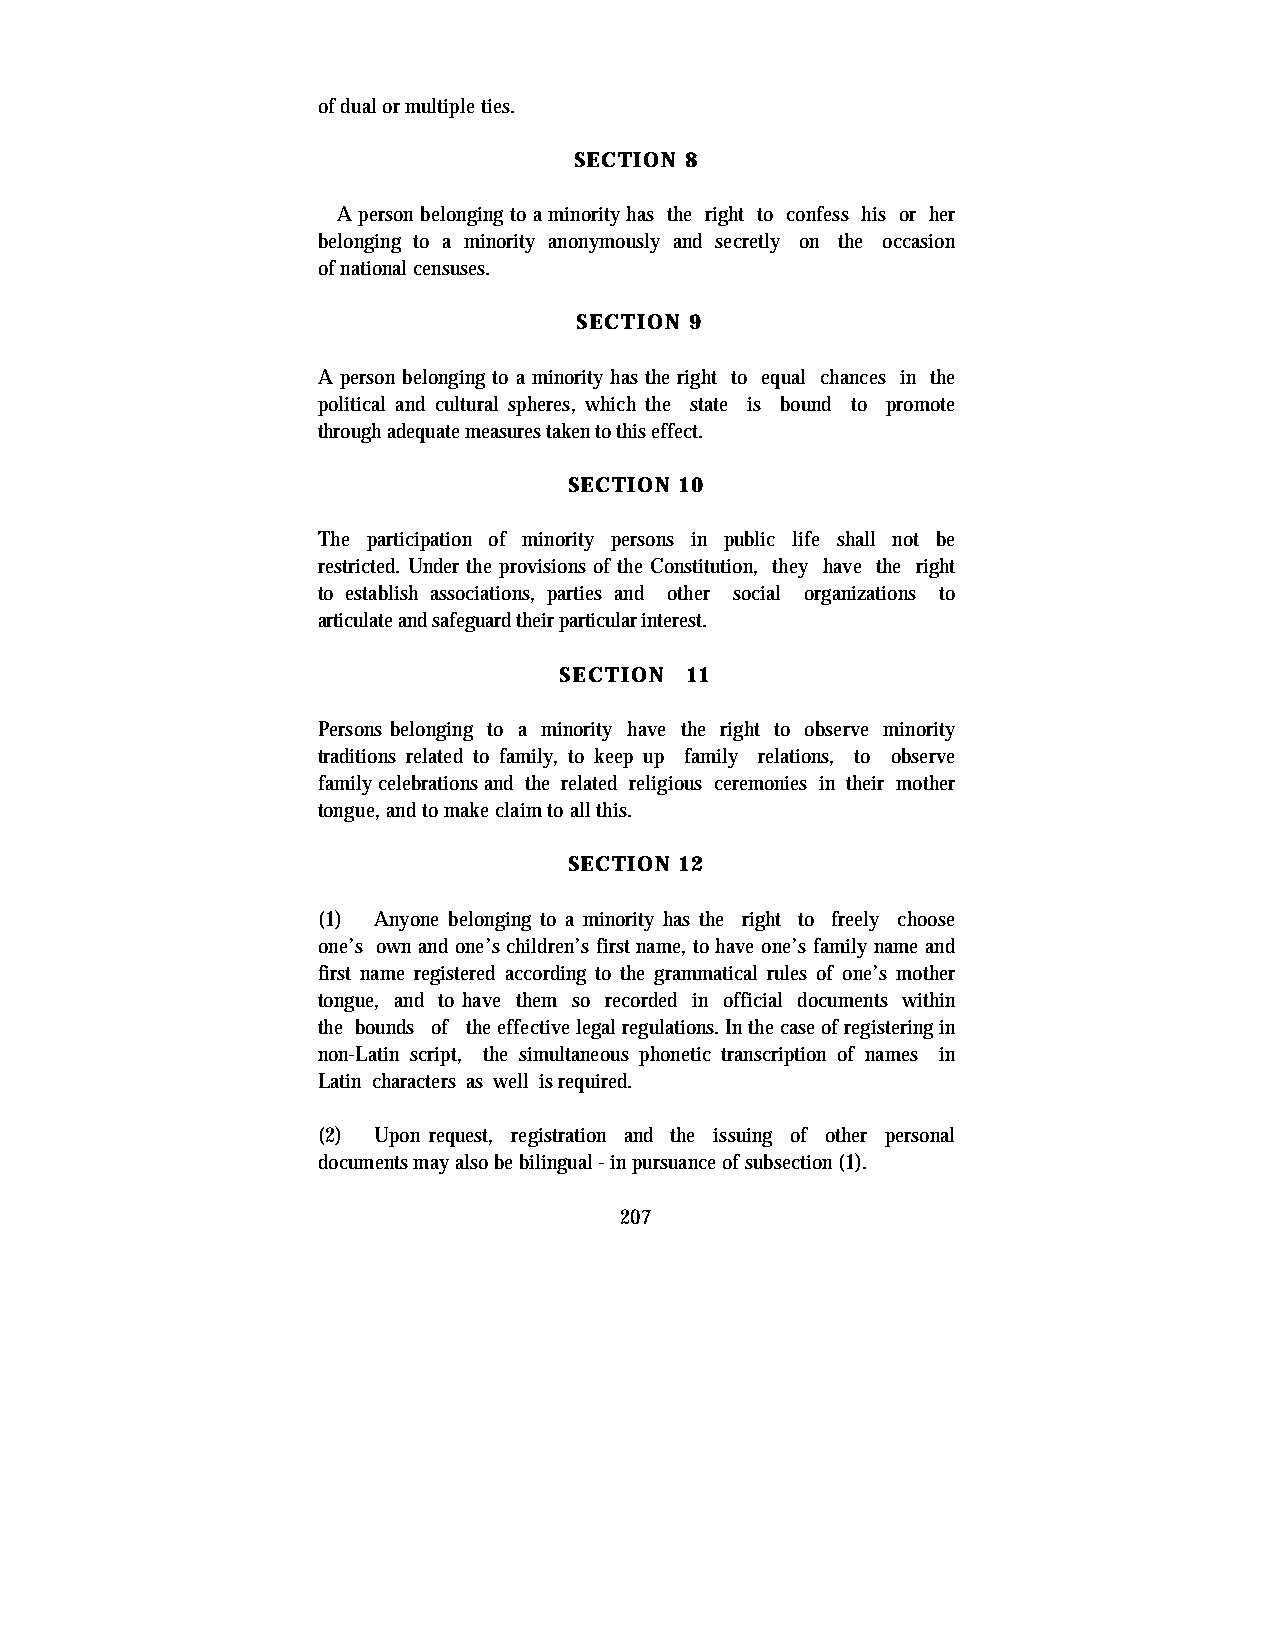
of dual or multiple ties.
 SECTION 8
 A person belonging to a minority has the right to confess his or her
 belonging to a minority anonymously and secretly on the occasion
 of national censuses.
 SECTION 9
 A person belonging to a minority has the right to equal chances in the
 political and cultural spheres, which the state is bound to promote
 through adequate measures taken to this effect.
 SECTION 10
 The participation of minority persons in public life shall not be
 restricted. Under the provisions of the Constitution, they have the right
 to establish associations, parties and other social organizations to
 articulate and safeguard their particular interest.
 SECTION 11
 Persons belonging to a minority have the right to observe minority
 traditions related to family, to keep up family relations, to observe
 family celebrations and the related religious ceremonies in their mother
 tongue, and to make claim to all this.
 SECTION 12
 (1) Anyone belonging to a minority has the right to freely choose
 one’s own and one’s children’s first name, to have one’s family name and
 first name registered according to the grammatical rules of one’s mother
 tongue, and to have them so recorded in official documents within
 the bounds of the effective legal regulations. In the case of registering in
 non-Latin script, the simultaneous phonetic transcription of names in
 Latin characters as well is required.
 (2) Upon request, registration and the issuing of other personal
 documents may also be bilingual - in pursuance of subsection (1).
 207